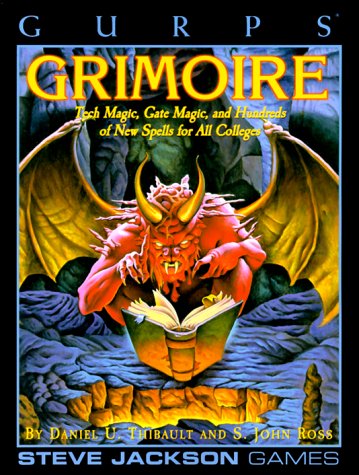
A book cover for Gurps Grimoire: Tech Magic, Gate Magic and Hundreds of Spells for all Colleges; Daniel U. Thibault; Science Fiction & Fantasy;